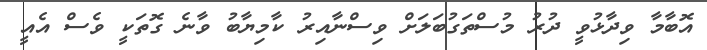
އޮބާމާ ވިދާޅުވީ ދުރު މުސްތަގުބަލަށް ވިސްނާއިރު ކާމިޔާބު ވާނެ ގޮތަކީ ވެސް އެއީ